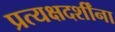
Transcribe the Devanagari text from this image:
प्रत्यक्षदर्शींना